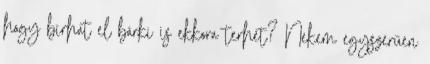
hogy bírhat el bárki is ekkora terhet? Nekem egyszerűen